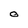
Character: O